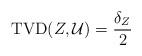
LaTeX: \begin{align*}\mathrm{TVD}(Z, \mathcal{U})& = \frac{\delta_Z}{2}\end{align*}